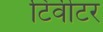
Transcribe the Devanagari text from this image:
टिवीटर